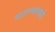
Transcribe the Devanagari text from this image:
वाटाण्याएवढी